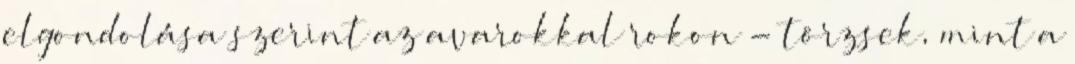
elgondolása szerint az avarokkal rokon - törzsek, mint a